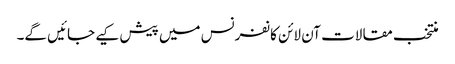
منتخب مقالات آن لائن کانفرنس میں پیش کیے جائیں گے۔